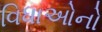
વિધાઓનો